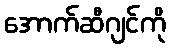
အောက်ဆီဂျင်ကို